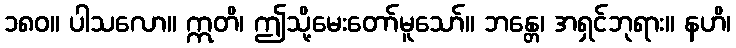
၁၈၀။ ပါသလော။ ဣတိ၊ ဤသို့မေးတော်မူသော်။ ဘန္တေ၊ အရှင်ဘုရား။ နဟိ၊